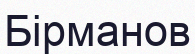
Бірманов